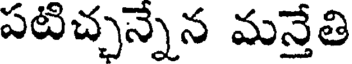
పటిచ్చన్నేన మన్తేతి